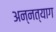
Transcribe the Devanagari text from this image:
अन्नत्याग